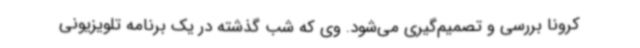
کرونا بررسی و تصمیم‌گیری می‌شود. وی که شب گذشته در یک برنامه تلویزیونی